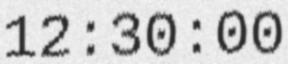
12:30:00